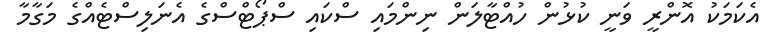
އެކަމަކު އޮންރީ ވަނީ ކުޅުން ހުއްޓާލަން ނިންމައި ސްކައި ސްޕޯޓްސްގެ އެނަލިސްޓެއްގެ މަގާމާ